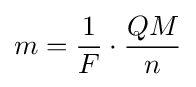
m={\frac {1}{F}}\cdot {\frac {QM}{n}}